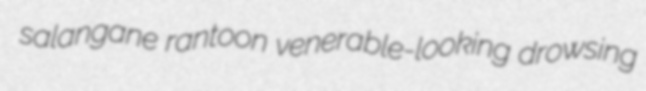
salangane rantoon venerable-looking drowsing